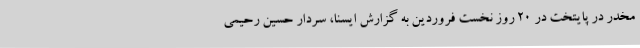
مخدر در پایتخت در 20 روز نخست فروردین به گزارش ایسنا، سردار حسین رحیمی